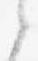
之